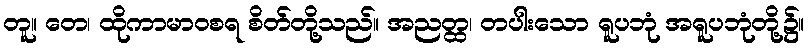
တူ။ တေ၊ ထိုကာမာဝစရ စိတ်တို့သည်။ အညတ္ထ၊ တပါးသော ရူပဘုံ အရူပဘုံတို့၌။